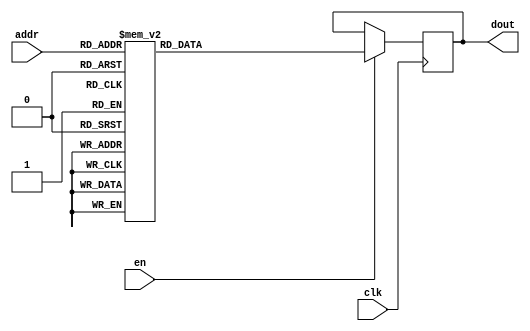
`timescale 1ns / 1ps
/*
Copyright
All right reserved.
Module Name: rom_syn
Author  : Zichuan Liu, Yixing Li and Wenye Liu.
Description:
A synthesized ROM: ROM_DEP x ROM_WID
*/
module DC_8_REF_ROM_4(
// inputs
clk,
en,
addr,
// outputs
dout
);
localparam ROM_WID = 14;
localparam ROM_DEP = 32;
localparam ROM_ADDR = 5;
// input definition
input clk;
input en;
input [ROM_ADDR-1:0] addr;
// output definition
output [ROM_WID-1:0] dout;
reg [ROM_WID-1:0] data;
always @(posedge clk)
begin
if (en) begin
case(addr)
		5'd0: data <= 14'b01001111000010;
		5'd1: data <= 14'b01000111000101;
		5'd2: data <= 14'b01000101011010;
		5'd3: data <= 14'b01000110111110;
		5'd4: data <= 14'b01001011001001;
		5'd5: data <= 14'b01001000001010;
		5'd6: data <= 14'b01001101011100;
		5'd7: data <= 14'b00111010010011;
		5'd8: data <= 14'b01000110000100;
		5'd9: data <= 14'b01000100110110;
		5'd10: data <= 14'b01001011101100;
		5'd11: data <= 14'b01001011101111;
		5'd12: data <= 14'b01001001011010;
		5'd13: data <= 14'b01000100000100;
		5'd14: data <= 14'b01010100000001;
		5'd15: data <= 14'b01000101000000;
		5'd16: data <= 14'b01001001101010;
		5'd17: data <= 14'b01000000000000;
		5'd18: data <= 14'b01000000101110;
		5'd19: data <= 14'b01000110110101;
		5'd20: data <= 14'b01001010011000;
		5'd21: data <= 14'b01000111011011;
		5'd22: data <= 14'b01000010000010;
		5'd23: data <= 14'b01001001111011;
		5'd24: data <= 14'b01001000000100;
		5'd25: data <= 14'b01001001110011;
		5'd26: data <= 14'b01001000001011;
		5'd27: data <= 14'b01000101111011;
		5'd28: data <= 14'b01001011011000;
		5'd29: data <= 14'b01000100100000;
		5'd30: data <= 14'b01000110101000;
		5'd31: data <= 14'b01000111111001;
		endcase
		end
	end
	assign dout = data;
endmodule